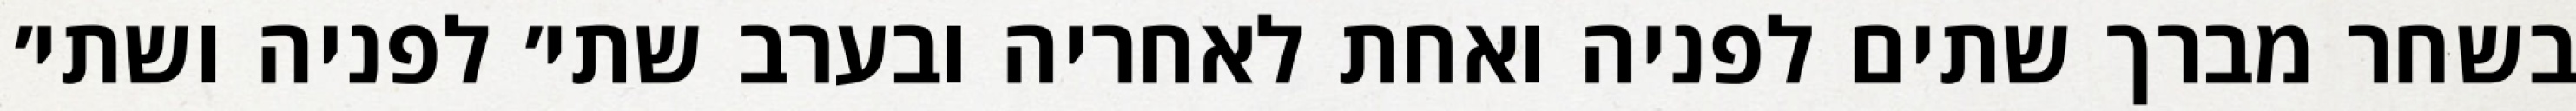
בשחר מברך שתים לפניה ואחת לאחריה ובערב שתי׳ לפניה ושתי׳